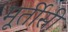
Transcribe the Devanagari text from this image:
मूर्तीसी